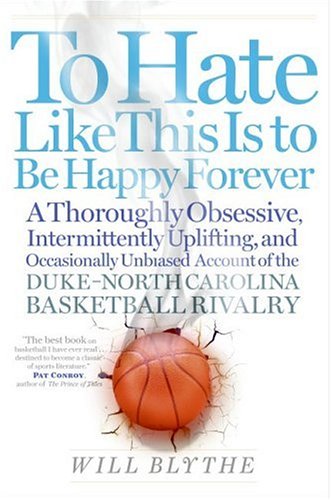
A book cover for To Hate Like This Is to Be Happy Forever: A Thoroughly Obsessive, Intermittently Uplifting, and Occasionally Unbiased Account of the Duke-North Carolina Basketball Rivalry; Will Blythe; Sports & Outdoors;